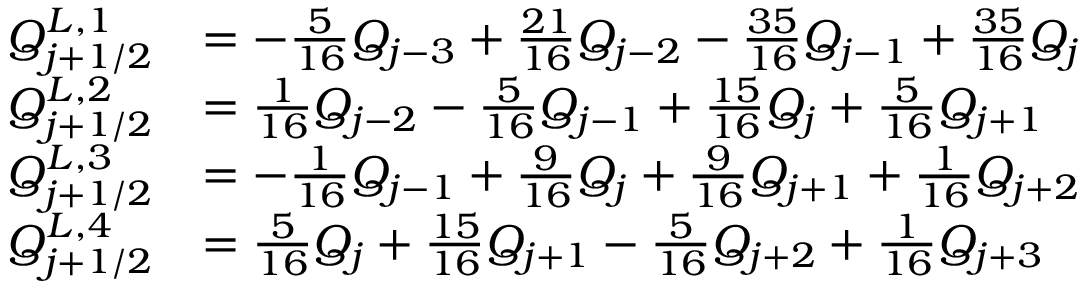
\begin{array} { r l } { Q _ { j + 1 / 2 } ^ { L , 1 } } & { = - \frac { 5 } { 1 6 } Q _ { j - 3 } + \frac { 2 1 } { 1 6 } Q _ { j - 2 } - \frac { 3 5 } { 1 6 } Q _ { j - 1 } + \frac { 3 5 } { 1 6 } Q _ { j } } \\ { Q _ { j + 1 / 2 } ^ { L , 2 } } & { = \frac { 1 } { 1 6 } Q _ { j - 2 } - \frac { 5 } { 1 6 } Q _ { j - 1 } + \frac { 1 5 } { 1 6 } Q _ { j } + \frac { 5 } { 1 6 } Q _ { j + 1 } } \\ { Q _ { j + 1 / 2 } ^ { L , 3 } } & { = - \frac { 1 } { 1 6 } Q _ { j - 1 } + \frac { 9 } { 1 6 } Q _ { j } + \frac { 9 } { 1 6 } Q _ { j + 1 } + \frac { 1 } { 1 6 } Q _ { j + 2 } } \\ { Q _ { j + 1 / 2 } ^ { L , 4 } } & { = \frac { 5 } { 1 6 } Q _ { j } + \frac { 1 5 } { 1 6 } Q _ { j + 1 } - \frac { 5 } { 1 6 } Q _ { j + 2 } + \frac { 1 } { 1 6 } Q _ { j + 3 } } \end{array}